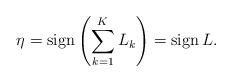
LaTeX: \begin{align*}\eta={\rm sign}\left(\sum_{k=1}^KL_k\right)={\rm sign}\,L.\end{align*}